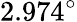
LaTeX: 2.974^{\circ}